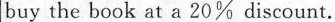
buy the book at a 20% discount.